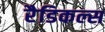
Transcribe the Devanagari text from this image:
रैडिकल्स